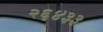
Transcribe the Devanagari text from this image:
२६४३३